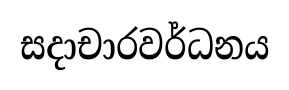
සදාචාරවර්ධනය